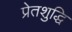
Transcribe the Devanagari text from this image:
प्रेतशुद्धि